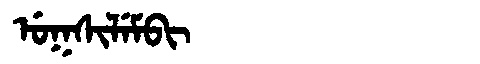
Manchu: ᡠᡴᠰᡳᠯᡝᠮᠪᡳ
Romanization: UKSILEMBI